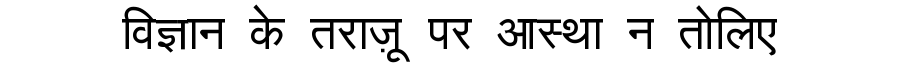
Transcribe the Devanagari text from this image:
विज्ञान के तराज़ू पर आस्था न तोलिए